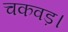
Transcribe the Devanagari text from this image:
चकवड़।